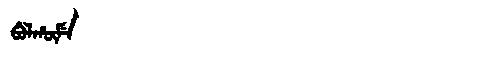
Manchu: ᠪᡠᠯᡥᡡᠮᡝ
Romanization: BULHŪME